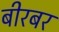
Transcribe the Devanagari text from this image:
बीरबर